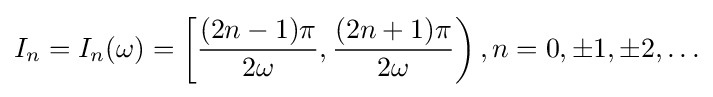
I_{n}=I_{n}(\omega )=\left[{\frac {(2n-1)\pi }{2\omega }},{\frac {(2n+1)\pi }{2\omega }}\right),n=0,\pm 1,\pm 2,\ldots